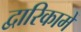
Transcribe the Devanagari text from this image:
द्वारिकामें